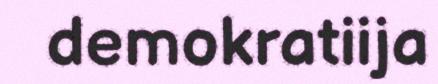
demokratiija